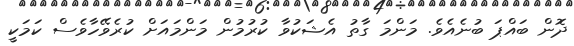
ދޮން ބައްޕަ ބުނެއެވެ. މަންމަ ގާތު އެޝަކުވާ ކުރުމުން މަންމައަށް ކުރެވޭހާވެސް ކަމަކީ